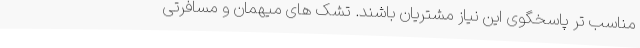
مناسب تر پاسخگوی این نیاز مشتریان باشند. تشک های میهمان و مسافرتی